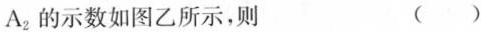
A_{2}的示数如图乙所示，则 ()